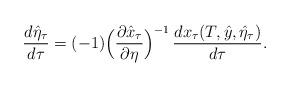
LaTeX: \begin{align*}\frac{d\hat\eta_\tau}{d\tau}=(-1)\Big(\frac{\partial \hat x_\tau}{\partial\eta}\Big)^{-1}\,\frac{dx_\tau(T,\hat y,\hat\eta_\tau)}{d\tau}.\end{align*}